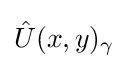
{\hat {U}}(x,y)_{\gamma }